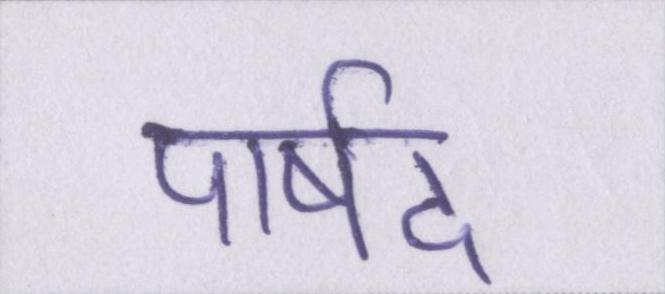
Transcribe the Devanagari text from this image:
पार्षद